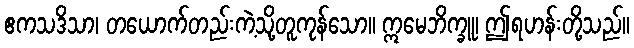
ဧကသဒိသာ၊ တယောက်တည်းကဲ့သို့တူကုန်သော။ ဣမေဘိက္ခူ၊ ဤရဟန်းတို့သည်။